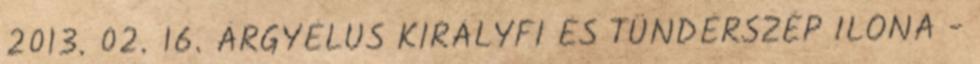
2013. 02. 16. ÁRGYÉLUS KIRÁLYFI ÉS TÜNDÉRSZÉP ILONA -